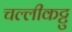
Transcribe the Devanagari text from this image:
चल्लीकट्टु